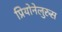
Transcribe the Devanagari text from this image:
प्रियोनेलुरुस